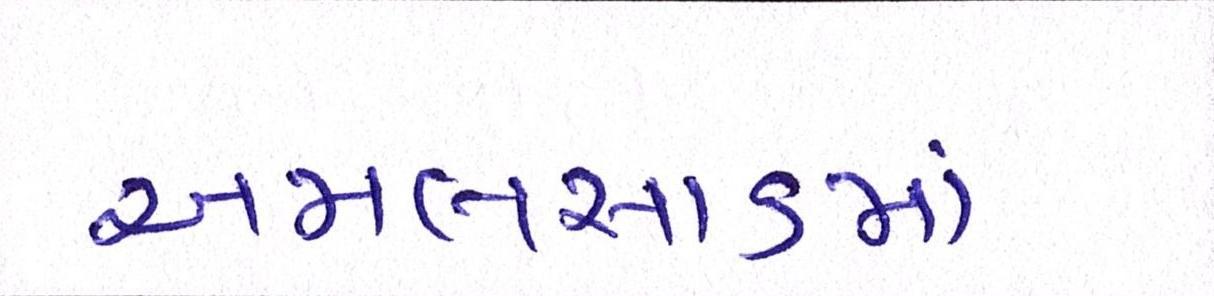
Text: અમલસાડમાં